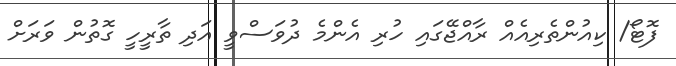
ފޮޓޯ/ ކިއުންތެރިއެއް ރާއްޖޭގައި ހުރި އެންމެ ދުވަސްވީ އަދި ތާރީހީ ގޮތުން ވަރަށް